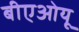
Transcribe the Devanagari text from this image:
बीएओयू